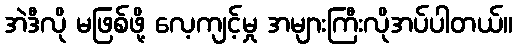
အဲဒီလို မဖြစ်ဖို့ လေ့ကျင့်မှု အများကြီးလိုအပ်ပါတယ်။